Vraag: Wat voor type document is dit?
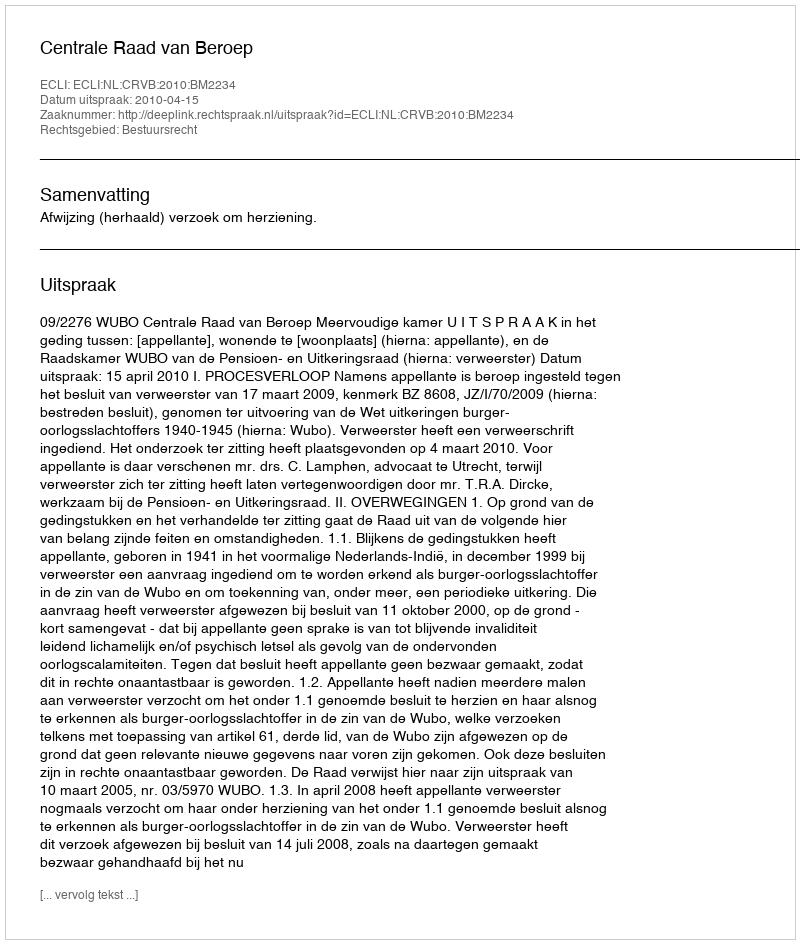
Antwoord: Uitspraak